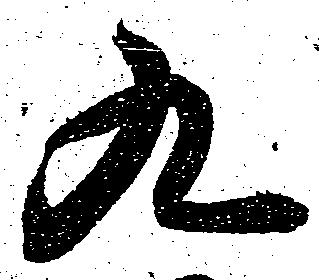
九